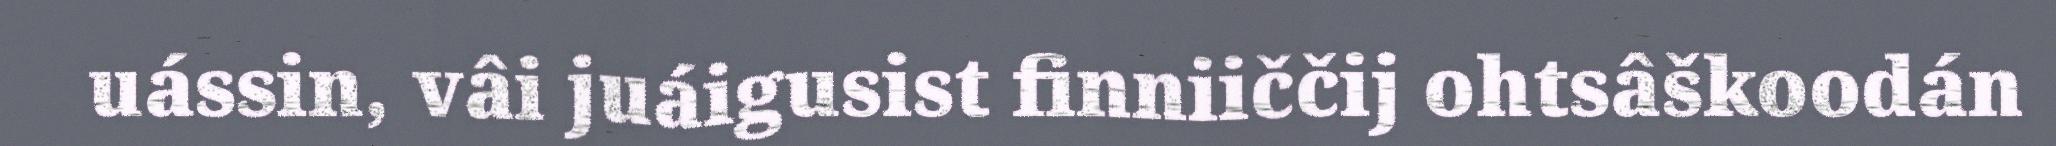
uássin, vâi juáigusist finniiččij ohtsâškoodán